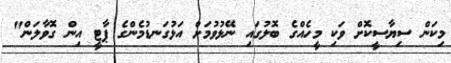
މިކަން ސިޔާސީކޮށް ވަކި މީހެއްގެ ބޮލުގައި ނޭޅުވުމަށް އަޅުގަނޑުމެންގެ ޕާޓީ އިން ގޮވާލަން"